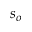
s _ { o }